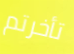
تأخرتم